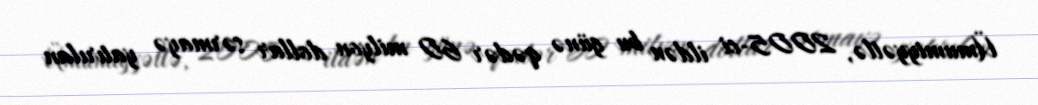
Ümumiyyətlə, 2005-ci ildən bu günə qədər 60 milyon dollar sərmayə yatırılan